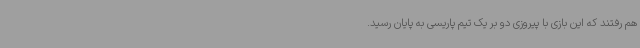
هم رفتند که این بازی با پیروزی دو بر یک تیم پاریسی به پایان رسید.